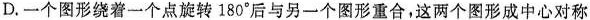
D.一个图形绕着一个点旋转180^{\circ}后与另一个图形重合，这两个图形成中心对称